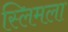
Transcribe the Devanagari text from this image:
स्लिमला